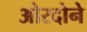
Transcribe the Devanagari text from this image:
ओरदोने